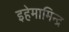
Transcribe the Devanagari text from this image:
इहेमामिन्द्र